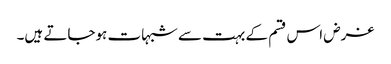
غرض اس قسم کے بہت سے شبہات ہوجاتے ہیں۔